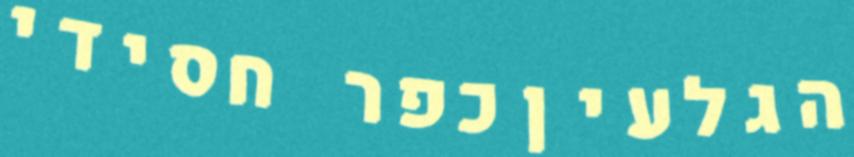
הגלעיןכפר חסידי